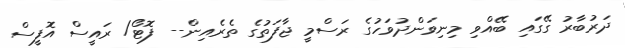
ދަރުބާރު ގޭގައި ބޭއްވި މިނިވަންދުވަހުގެ ރަސްމީ ޖާފަތުގެ ތެރެއިން-- ފޮޓޯ/ ރައީސް އޮފީސް